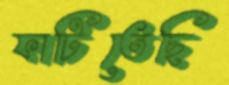
ফাটিতেছি